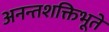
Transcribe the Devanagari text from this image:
अनन्तशक्तिभूते